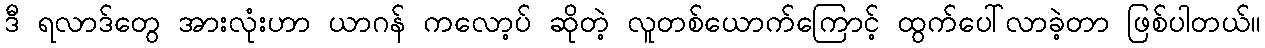
ဒီ ရလာဒ်တွေ အားလုံးဟာ ယာဂန် ကလော့ပ် ဆိုတဲ့ လူတစ်ယောက်ကြောင့် ထွက်ပေါ်လာခဲ့တာ ဖြစ်ပါတယ်။